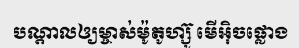
បណ្តាលឲ្យម្ចាស់ម៉ូតូហ្ស៊ូ មើអ៊ិចផ្លោង